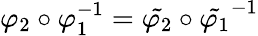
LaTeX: \varphi_{2}\circ\varphi_{1}^{-1}=\tilde{\varphi_{2}}\circ\tilde{\varphi_{1}}^{-1}